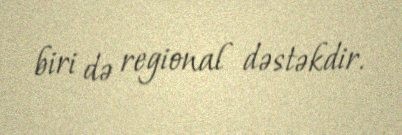
biri də regional dəstəkdir.